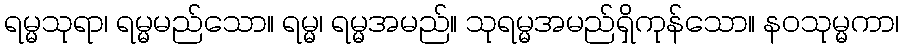
ရမ္မသုရာ၊ ရမ္မမည်သော။ ရမ္မ၊ ရမ္မအမည်။ သုရမ္မအမည်ရှိကုန်သော။ နဝသုမ္မကာ၊